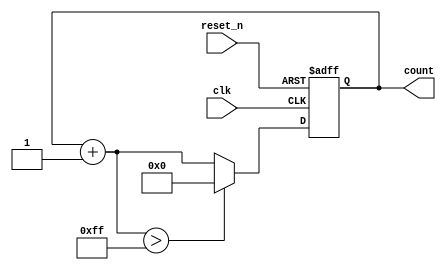

module binary_counter
  #(parameter N=8, MAX_COUNT=255)
   (
    input clk,
    input reset_n,
    output [N-1:0] count
   );

   reg [N-1:0]     count_reg, next_count;

   always @(posedge clk, negedge reset_n)
     if (!reset_n) 
       count_reg <= 0;
     else
       count_reg <= next_count;

   always @(*)
     begin
        next_count = count_reg + 1'b1;
        if (next_count > MAX_COUNT)
          next_count = 0;
     end

   assign count = count_reg;

endmodule // binary_counter